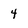
Character: 4